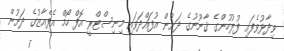
ވިދާޅުވެފައި ފުލުހުންގެ ޤާނޫނުގެ ދަށުން އުފައްދަވައި މިނިސްޓްރީ އޮފް ހޯމް އެފެއާޒުގެ ދަށުން